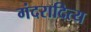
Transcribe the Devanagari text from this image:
गंदरादित्य